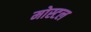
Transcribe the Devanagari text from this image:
मोस्टल